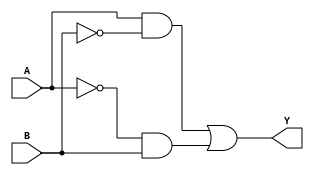
module XOR_gate(input A, input B, output Y);
  
  wire not_A, not_B;
  wire and1_out, and2_out;
  
  assign not_A = ~A;
  assign not_B = ~B;
  
  assign and1_out = A & not_B;
  assign and2_out = not_A & B;
  
  assign Y = and1_out | and2_out;
  
endmodule